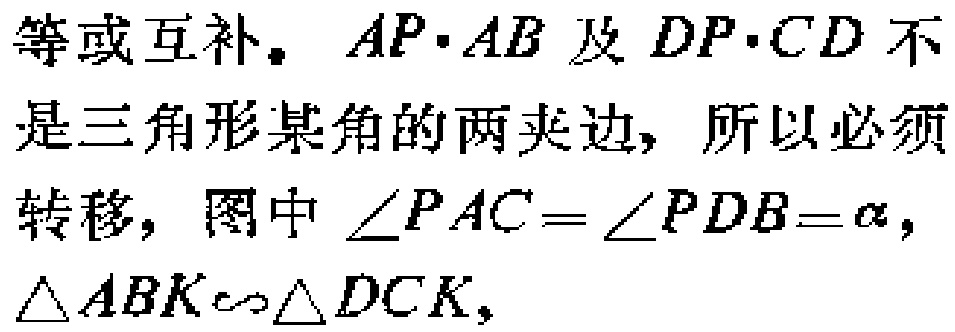
等或互补。\(AP\cdot AB\)及\(DP\cdot CD\)不是三角形某角的两夹边, 所以必须转移，图中\(\angle PAC = \angle PDB=\alpha\)，\(\triangle ABK\sim\triangle DCK\)，